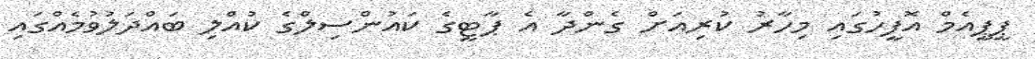
ޕީޕީއެމް އޮފީހުގައި މިހާރު ކުރިއަށް ގެންދާ އެ ޕާޓީގެ ކައުންސިލްގެ ކުއްލި ބައްދަލުވުމެއްގައި